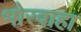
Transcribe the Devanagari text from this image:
भोरवाहा